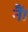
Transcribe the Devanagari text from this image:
नैं।